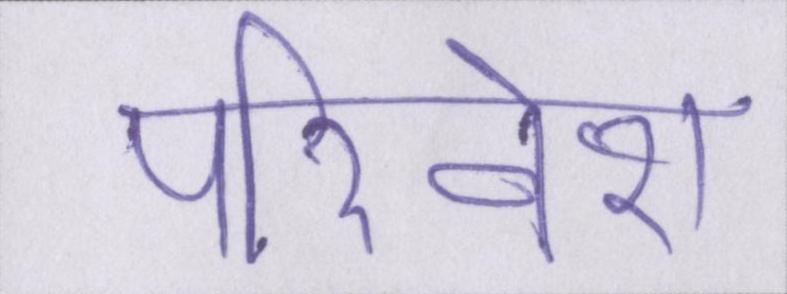
परिवेश